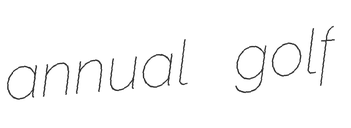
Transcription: annual golf